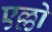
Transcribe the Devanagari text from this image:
एल्लो